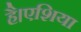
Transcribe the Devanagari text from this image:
है।एशिया